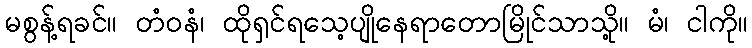
မစွန့်ရခင်။ တံဝနံ၊ ထိုရှင်ရသေ့ပျိုနေရာတောမြိုင်သာသို့။ မံ၊ ငါကို။